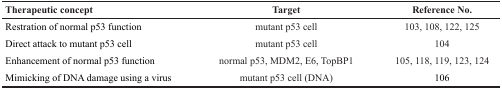
<table><thead><tr><td><b>Therapeutic concept</b></td><td><b>Target</b></td><td><b>Reference No.</b></td></tr></thead><tbody><tr><td>Restration of normal p53 function</td><td>mutant p53 cell</td><td>103, 108, 122, 125</td></tr><tr><td>Direct attack to mutant p53 cell</td><td>mutant p53 cell</td><td>104</td></tr><tr><td>Enhancement of normal p53 function</td><td>normal p53, MDM2, E6, TopBP1</td><td>105, 118, 119, 123, 124</td></tr><tr><td>Mimicking of DNA damage using a virus</td><td>mutant p53 cell (DNA)</td><td>106</td></tr></tbody></table>